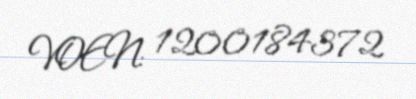
VOEN: 1200184372